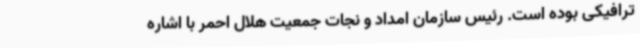
ترافیکی بوده است. رئیس سازمان امداد و نجات جمعیت هلال احمر با اشاره